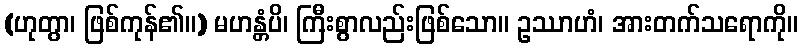
(ဟုတွာ၊ ဖြစ်ကုန်၏။) မဟန္တံပိ၊ ကြီးစွာလည်းဖြစ်သော။ ဥဿာဟံ၊ အားတက်သရောကို။